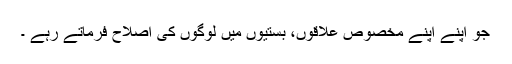
جو اپنے اپنے مخصوص علاقوں، بستیوں میں لوگوں کی اصلاح فرماتے رہے ۔